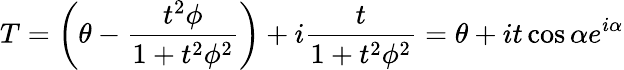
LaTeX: T=\left(\theta-\frac{t^{2}\phi}{1+t^{2}\phi^{2}}\right)+i\frac{t}{1+t^{2}\phi^{2}}=\theta+it\cos\alpha e^{i\alpha}